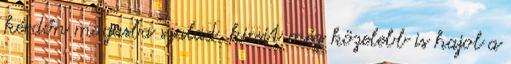
kérdőn magasba szalad, kicsit még közelebb is hajol a